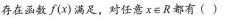
存在函数 f(x)满足,对任意x\epsilon R都有( )